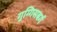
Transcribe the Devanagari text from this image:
गुग्गिसबर्ग